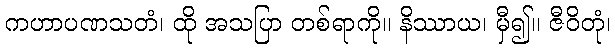
ကဟာပဏသတံ၊ ထို အသပြာ တစ်ရာကို။ နိဿာယ၊ မှီ၍။ ဇီဝိတုံ၊